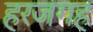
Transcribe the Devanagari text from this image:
हरजगह